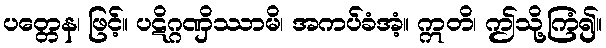
ပတ္တေန၊ ဖြင့်။ ပဋိဂ္ဂဏှိဿာမိ၊ အကပ်ခံအံ့။ ဣတိ၊ ဤသို့ကြံ၍။